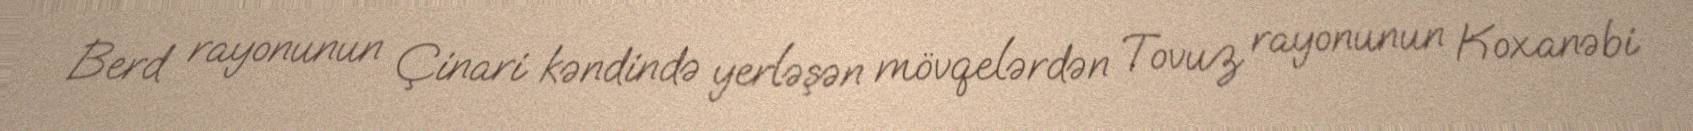
Berd rayonunun Çinari kəndində yerləşən mövqelərdən Tovuz rayonunun Koxanəbi